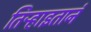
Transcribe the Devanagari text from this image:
तिऱ्हाइतानं